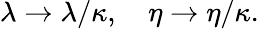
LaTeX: \lambda\rightarrow\lambda/\kappa,\quad\eta\rightarrow\eta/\kappa.